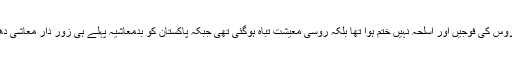
آپ جانتے ہیں کہ روس کی فوجیں اور اسلحہ نہیں ختم ہوا تھا بلکہ روسی معیشت تباہ ہوگئی تھی جبکہ پاکستان کو بدمعاشیہ پہلے ہی زور دار معاشی دھچکہ لگا چکی ہے۔